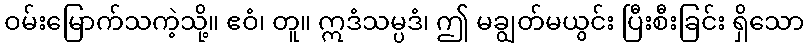
ဝမ်းမြောက်သကဲ့သို့။ ဧဝံ၊ တူ။ ဣဒံသမ္ပဒံ၊ ဤ မချွတ်မယွင်း ပြီးစီးခြင်း ရှိသော